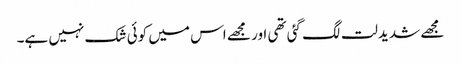
مجھے شدید لت لگ گئی تھی اور مجھے اس میں کوئی شک نہیں ہے۔